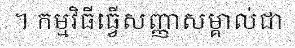
។ កម្មវិធីធ្វើសញ្ញាសម្គាល់ជា